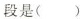
段是( )